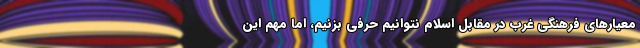
معیار‌های فرهنگی غرب در مقابل اسلام نتوانیم حرفی بزنیم، اما مهم این